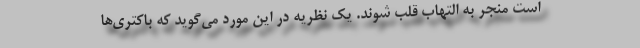
است منجر به التهاب قلب شوند. یک نظریه در این مورد می‌گوید که باکتری‌ها